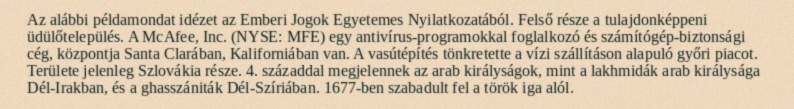
Az alábbi példamondat idézet az Emberi Jogok Egyetemes Nyilatkozatából. Felső része a tulajdonképpeni üdülőtelepülés. A McAfee, Inc. (NYSE: MFE) egy antivírus-programokkal foglalkozó és számítógép-biztonsági cég, központja Santa Clarában, Kaliforniában van. A vasútépítés tönkretette a vízi szállításon alapuló győri piacot. Területe jelenleg Szlovákia része. 4. századdal megjelennek az arab királyságok, mint a lakhmidák arab királysága Dél-Irakban, és a ghasszániták Dél-Szíriában. 1677-ben szabadult fel a török iga alól.